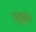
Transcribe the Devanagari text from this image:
भद्र्सेन